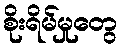
စိုးရိမ်မှုတွေ